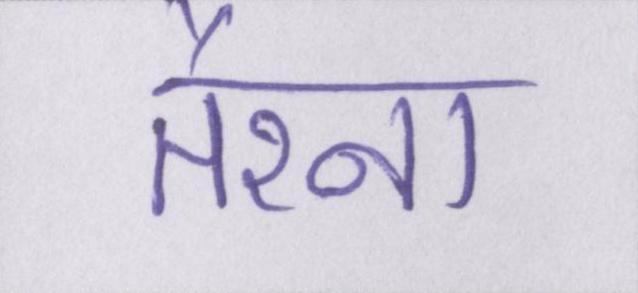
तैरना